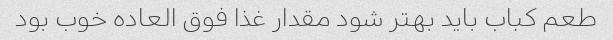
طعم کباب باید بهتر شود مقدار غذا فوق العاده خوب بود